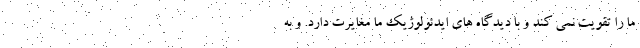
ما را تقویت نمی کند و با دیدگاه های ایدئولوژیک ما مغایرت دارد. و به